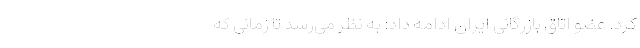
کرد. عضو اتاق بازرگانی ایران ادامه داد: به نظر می‌رسد تا زمانی که